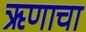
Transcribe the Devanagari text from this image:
ऋणाचा